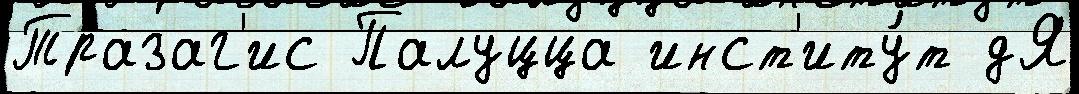
Тразаг'ис Палуцца инст'иту́т дЯ